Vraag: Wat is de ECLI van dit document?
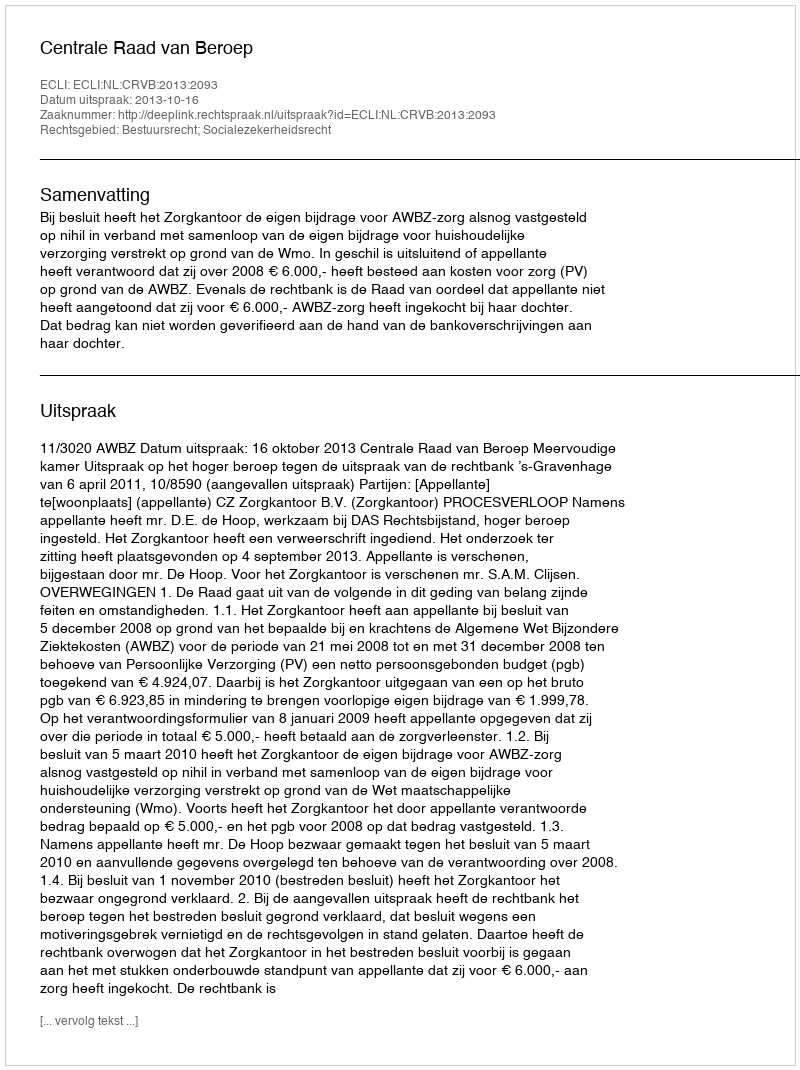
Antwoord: ECLI:NL:CRVB:2013:2093